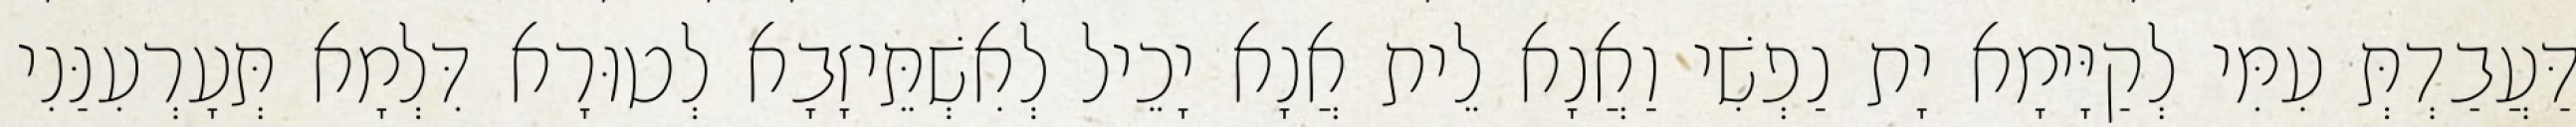
דַּעֲבַדְתְּ עִמִּי לְקַיָּימָא יָת נַפְשִׁי וַאֲנָא לֵית אֲנָא יָכֵיל לְאִשְׁתֵּיזָבָא לְטוּרָא דִּלְמָא תְּעָרְעִנַּנִי